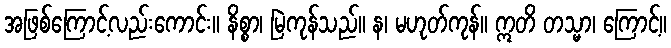
အဖြစ်ကြောင့်လည်းကောင်း။ နိစ္စာ၊ မြဲကုန်သည်။ န၊ မဟုတ်ကုန်။ ဣတိ တသ္မာ၊ ကြောင့်။